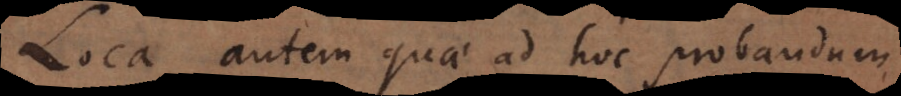
Loca autem quae ad hoc probandum